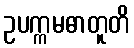
ဥပက္ကမဓာတူတိ